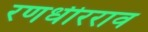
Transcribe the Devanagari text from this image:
रणधीरराव